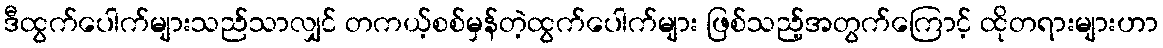
ဒီထွက်ပေါက်များသည်သာလျှင် တကယ့်စစ်မှန်တဲ့ထွက်ပေါက်များ ဖြစ်သည့်အတွက်ကြောင့် ထိုတရားများဟာ